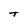
Character: t